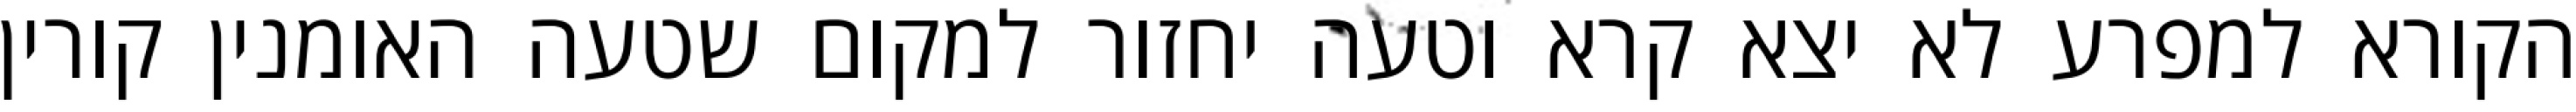
הקורא למפרע לא יצא קרא וטעה יחזור למקום שטעה האומנין קורין